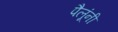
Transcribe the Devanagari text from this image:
पैलूंनी